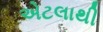
એટલાથી